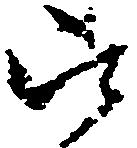
被